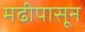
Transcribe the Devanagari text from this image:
मढीपासून